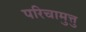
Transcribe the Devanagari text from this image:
परिचामुत्तु